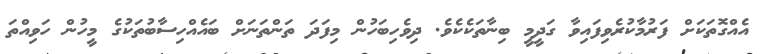
އެއްގޮތަކަށް ފަރުމާކުރެވިފައިވާ ގަދީމީ ބިނާތަކެކެވެ. ދިވެހިބަހުން މިފަދަ ތަންތަނަށް ބައެއްހިސާބުތަކުގެ މީހުން ހަވިއްތަ